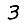
Digit: 3